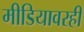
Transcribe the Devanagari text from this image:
मीडियावरही